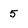
Character: 5